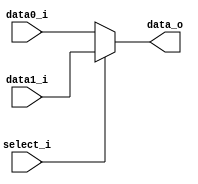
//Subject:     CO project 2 - MUX 221
//--------------------------------------------------------------------------------
//Version:     1
//--------------------------------------------------------------------------------
//Writer:       109550020
//----------------------------------------------
//----------------------------------------------
//Description: 
//--------------------------------------------------------------------------------
`timescale 1ns/1ps
module MUX_2to1(
               data0_i,
               data1_i,
               select_i,
               data_o
               );

parameter size = 0;			   
			
//I/O ports               
input   [size-1:0] data0_i;          
input   [size-1:0] data1_i;
input              select_i;
output  [size-1:0] data_o; 

//Internal Signals
reg     [size-1:0] data_o;

//Main function
always@(*)
begin
	data_o <= select_i ? data1_i : data0_i;
end

endmodule